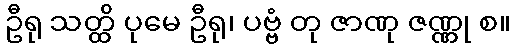
ဦရု သတ္ထိ ပုမေ ဦရု၊ ပဗ္ဗံ တု ဇာဏု ဇဏ္ဏု စ။